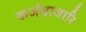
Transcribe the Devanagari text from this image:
कर्जबाजारि